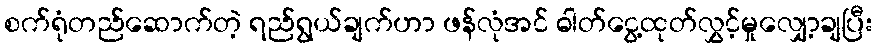
စက်ရုံတည်ဆောက်တဲ့ ရည်ရွယ်ချက်ဟာ ဖန်လုံအင် ဓါတ်ငွေ့ထုတ်လွှင့်မှုလျှော့ချပြီး